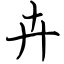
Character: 卉